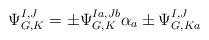
LaTeX: \begin{align*}\Psi^{I,J}_{G,K} = \pm\Psi^{Ia,Jb}_{G,K}\alpha_a \pm \Psi^{I,J}_{G,Ka}\end{align*}